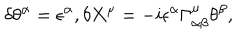
\delta \theta ^ { \alpha } = \epsilon ^ { \alpha } , \delta X ^ { \mu } = - i \epsilon ^ { \alpha } \Gamma _ { \alpha \beta } ^ { \mu } \theta ^ { \beta } ,